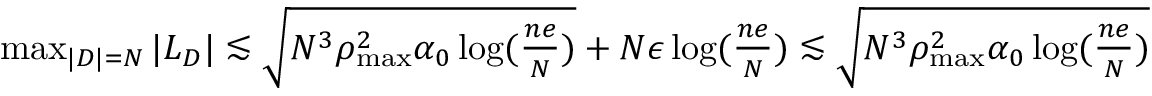
\begin{array} { r } { \operatorname* { m a x } _ { | D | = N } | L _ { D } | \lesssim \sqrt { N ^ { 3 } \rho _ { \operatorname* { m a x } } ^ { 2 } \alpha _ { 0 } \log ( \frac { n e } { N } ) } + N \epsilon \log ( \frac { n e } { N } ) \lesssim \sqrt { N ^ { 3 } \rho _ { \operatorname* { m a x } } ^ { 2 } \alpha _ { 0 } \log ( \frac { n e } { N } ) } } \end{array}